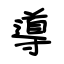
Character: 導